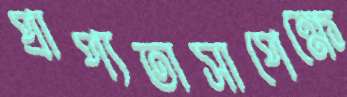
প্রাপ্যতাসাপেক্ষে